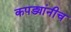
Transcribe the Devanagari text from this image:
कपड्यांनीच